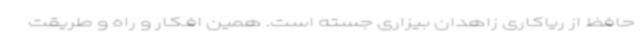
حافظ از ریاکاری زاهدان بیزاری جسته است. همین افکار و راه و طریقت